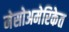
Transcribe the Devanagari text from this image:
मेसोअमेरिकेत